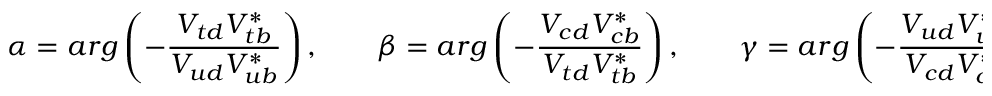
\alpha = a r g \left( - \frac { V _ { t d } V _ { t b } ^ { \ast } } { V _ { u d } V _ { u b } ^ { \ast } } \right) , \qquad \beta = a r g \left( - \frac { V _ { c d } V _ { c b } ^ { \ast } } { V _ { t d } V _ { t b } ^ { \ast } } \right) , \qquad \gamma = a r g \left( - \frac { V _ { u d } V _ { u b } ^ { \ast } } { V _ { c d } V _ { c b } ^ { \ast } } \right) ,